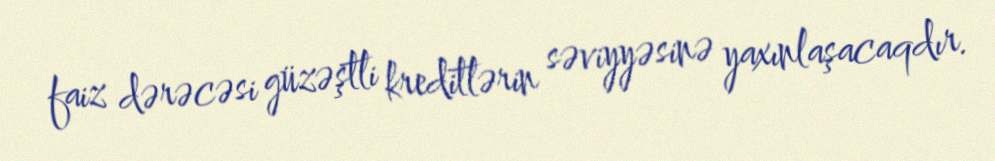
faiz dərəcəsi güzəştli kreditlərin səviyyəsinə yaxınlaşacaqdır.